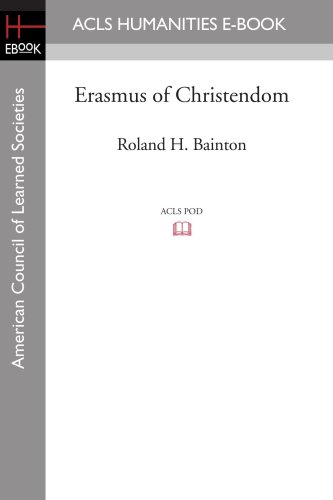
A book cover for Erasmus of Christendom; Roland H. Bainton; Computers & Technology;